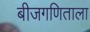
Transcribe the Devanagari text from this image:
बीजगणिताला